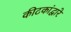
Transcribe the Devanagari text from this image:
कीटकांद्वारे